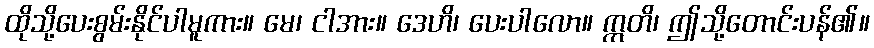
ထိုသို့ပေးစွမ်းနိုင်ပါမူကား။ မေ၊ ငါအား။ ဒေဟိ၊ ပေးပါလော။ ဣတိ၊ ဤသို့တောင်းပန်၏။